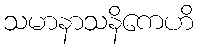
သမာနာသနိကေဟိ